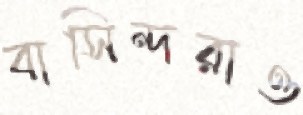
বাসিন্দরাও